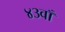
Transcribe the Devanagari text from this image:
४३वाँ